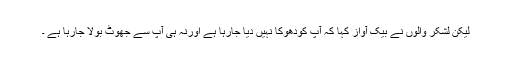
لیکن لشکر والوں نے بیک آواز کہا کہ آپ کودھوکا نہیں دیا جارہا ہے اورنہ ہی آپ سے جھوٹ بولا جارہا ہے ۔